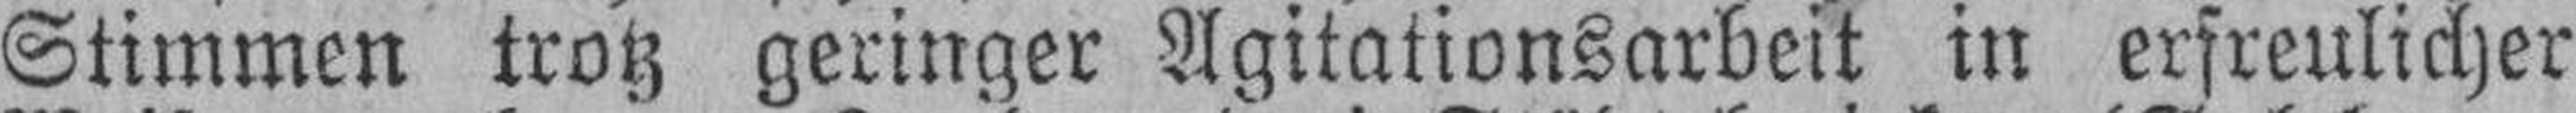
Stimmen trotz geringer Agitationsarbeit in erfreulicher